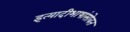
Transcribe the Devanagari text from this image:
इत्यादीभाषांसोबत